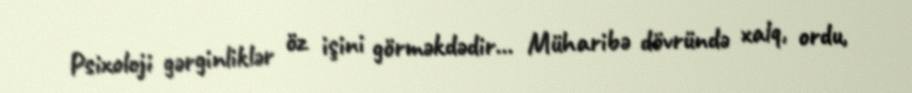
Psixoloji gərginliklər öz işini görməkdədir... Müharibə dövründə xalq, ordu,